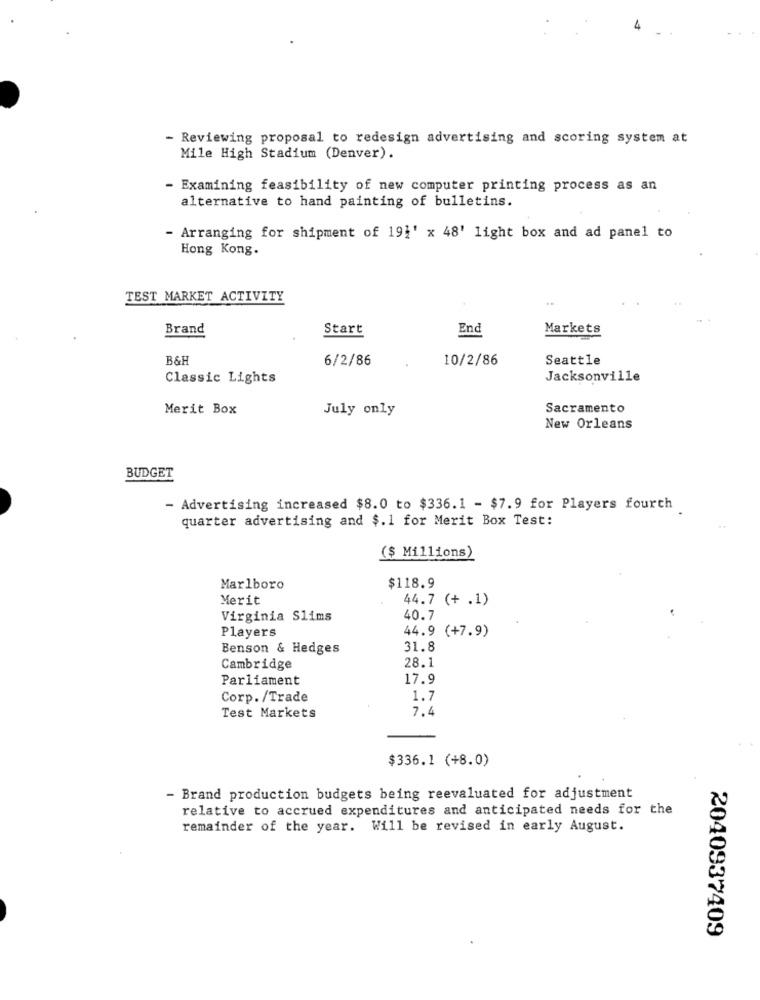
- Reviewing proposal to redesign advertising and scoring system at
Mile High Stadium (Denver).
- Examining feasibility of new computer printing process as an
alternative to hand painting of bulletins.
Arranging for shipment of 191' x 48' light box and ad panel to
Hong Kong.
TEST MARKET ACTIVITY
Brand
Start
End
Markets
B&F
6/2/86
10/2/86
Seattle
Classic Lights
Jacksonville
Merit Box
July only
Sacramento
New Orleans
BUDGET
- Advertising increased $8.0 to $336.1 - $7.9 for Players fourth
quarter advertising and $.1 for Merit Box Test:
($ Millions)
Marlboro
$118.9
Merit
44.7 (+ .1)
Virginia Slims
40.7
Players
44.9 (+7.9)
Benson & Hedges
31.8
Cambridge
28.1
Parliament
17.9
Corp. /Trade
1.7
7.4
Test Markets
$336.1 (+8.0)
- Brand production budgets being reevaluated for adjustment
relative to accrued expenditures and anticipated needs for the
remainder of the year. Will be revised in early August.
2040937409